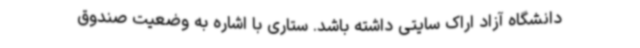
دانشگاه آزاد اراک سایتی داشته باشد. ستاری با اشاره به وضعیت صندوق